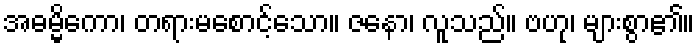
အဓမ္မိကော၊ တရားမစောင့်သော။ ဇနော၊ လူသည်။ ဗဟု၊ များစွာ၏။